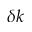
\delta k